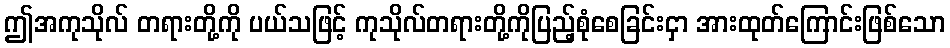
ဤအကုသိုလ် တရားတို့ကို ပယ်သဖြင့် ကုသိုလ်တရားတို့ကိုပြည့်စုံစေခြင်းငှာ အားထုတ်ကြောင်းဖြစ်သော